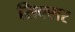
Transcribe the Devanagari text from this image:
सिक्सर